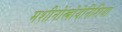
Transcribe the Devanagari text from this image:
मशीनोस्त्रोयेनिशिया